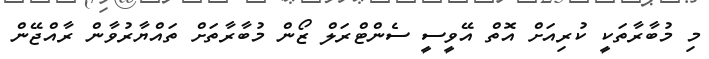
މި މުބާރާތަކީ ކުރިއަށް އޮތް އޭވީސީ ސެންޓްރަލް ޒޯން މުބާރާތަށް ތައްޔާރުވާން ރާއްޖޭން